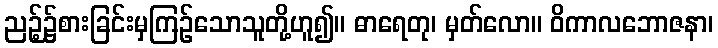
ညဉ့်၌စားခြင်းမှကြဉ်သောသူတို့ဟူ၍။ ဓာရေတု၊ မှတ်လော။ ဝိကာလဘောဇနာ၊